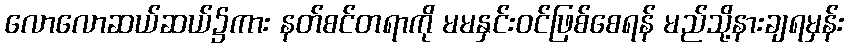
လောလောဆယ်ဆယ်၌ကား နတ်စင်တရာကို မမနှင်းဝင်ဖြစ်စေရန် မည်သို့နားချရမှန်း